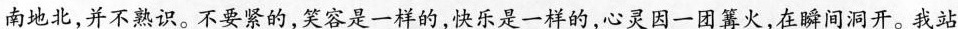
南地北.并不熟识。不要紧的,笑容是一样的,快乐是一样的,\underline{心灵因一团篝火，在瞬间洞开。}我站